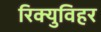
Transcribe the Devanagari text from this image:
रिक्युविहर